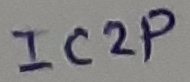
Text: IC2P